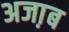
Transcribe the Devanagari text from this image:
अजा़ब